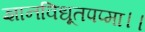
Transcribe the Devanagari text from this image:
ज्ञानविधूतपप्मा।।